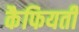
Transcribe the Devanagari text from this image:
कैफियती